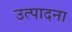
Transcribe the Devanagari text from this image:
उत्पादना